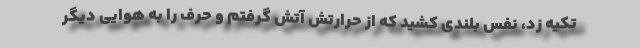
تکیه زد، نفس بلندی کشید که از حرارتش آتش گرفتم و حرف را به هوایی دیگر